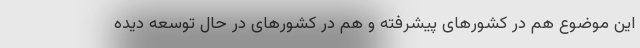
این موضوع هم در کشورهای پیشرفته و هم در کشورهای در حال توسعه دیده